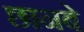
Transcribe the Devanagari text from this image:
छानबे